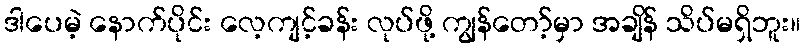
ဒါပေမဲ့ နောက်ပိုင်း လေ့ကျင့်ခန်း လုပ်ဖို့ ကျွန်တော့်မှာ အချိန် သိပ်မရှိဘူး။